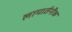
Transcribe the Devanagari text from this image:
लामार्तनीक